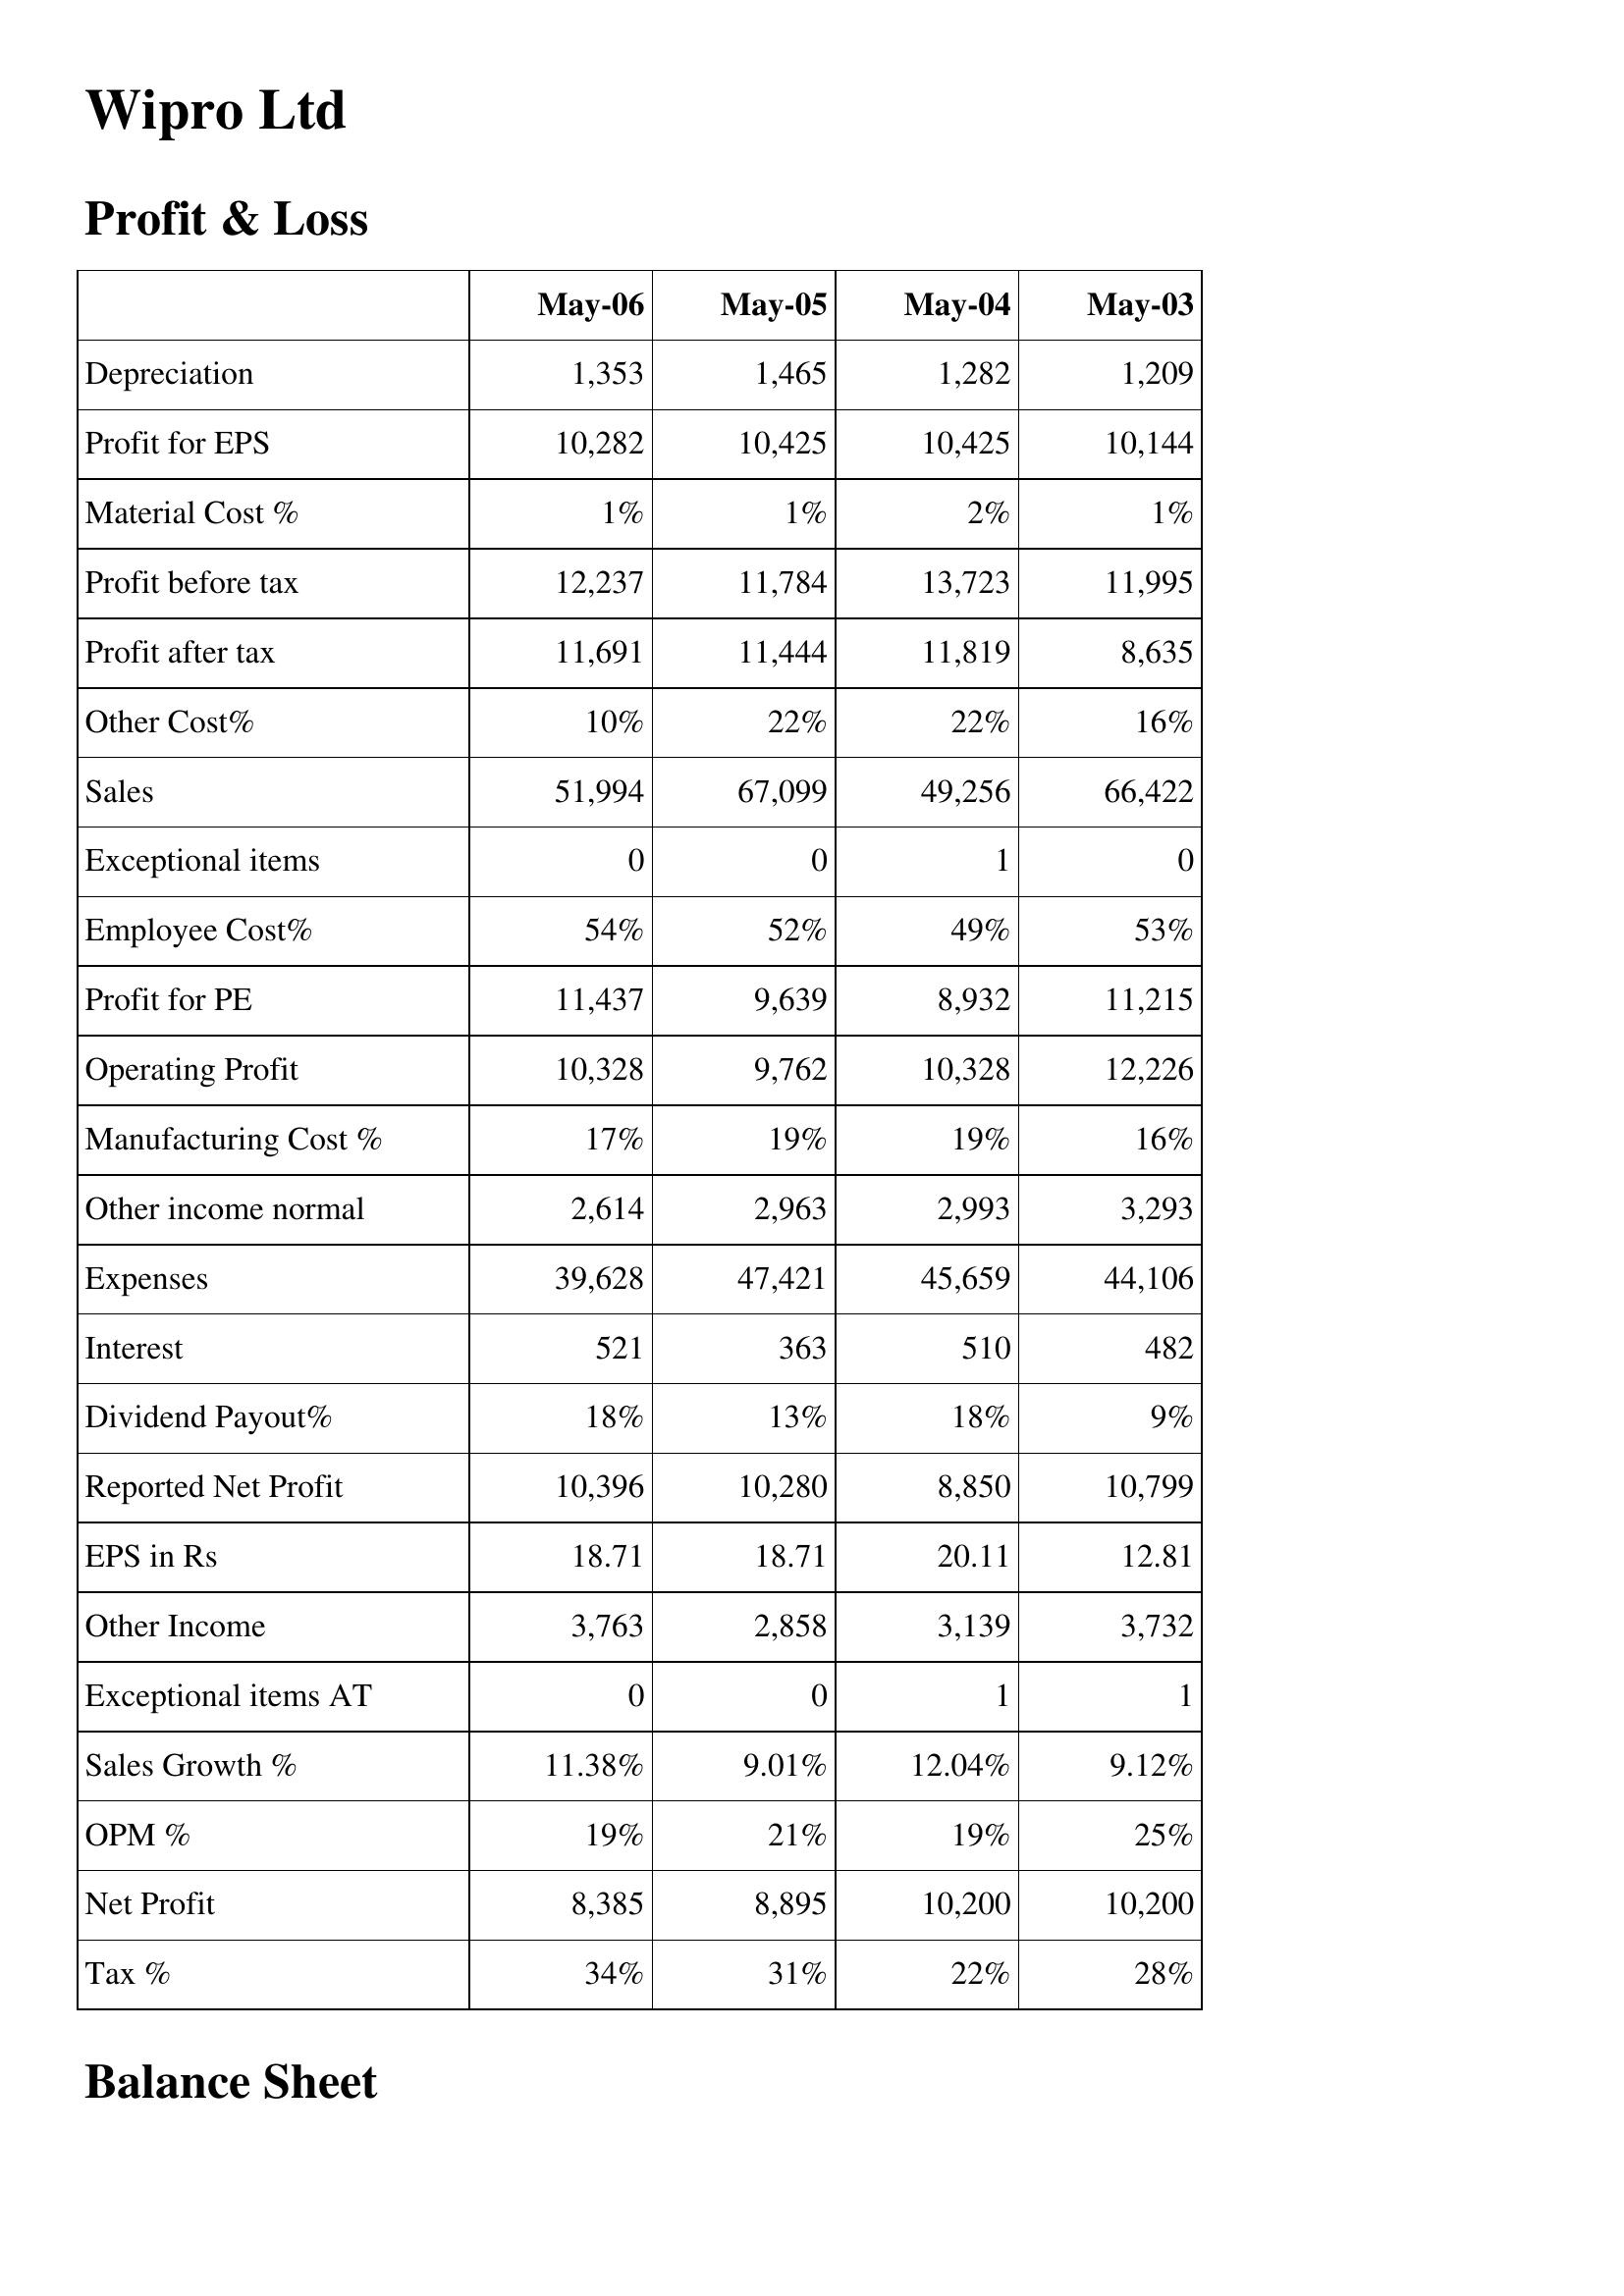
May-06: Profit & Loss: Depreciation: 1,353
Profit for EPS: 10,282
Material Cost %: 1%
Profit before tax: 12,237
Profit after tax: 11,691
Other Cost%: 10%
Sales: 51,994
Exceptional items: 0
Employee Cost%: 54%
Profit for PE: 11,437
Operating Profit: 10,328
Manufacturing Cost %: 17%
Other income normal: 2,614
Expenses: 39,628
Interest: 521
Dividend Payout%: 18%
Reported Net Profit: 10,396
EPS in Rs: 18.71
Other Income: 3,763
Exceptional items AT: 0
Sales Growth %: 11.38%
OPM %: 19%
Net Profit: 8,385
Tax %: 34%
May-05: Profit & Loss: Depreciation: 1,465
Profit for EPS: 10,425
Material Cost %: 1%
Profit before tax: 11,784
Profit after tax: 11,444
Other Cost%: 22%
Sales: 67,099
Exceptional items: 0
Employee Cost%: 52%
Profit for PE: 9,639
Operating Profit: 9,762
Manufacturing Cost %: 19%
Other income normal: 2,963
Expenses: 47,421
Interest: 363
Dividend Payout%: 13%
Reported Net Profit: 10,280
EPS in Rs: 18.71
Other Income: 2,858
Exceptional items AT: 0
Sales Growth %: 9.01%
OPM %: 21%
Net Profit: 8,895
Tax %: 31%
May-04: Profit & Loss: Depreciation: 1,282
Profit for EPS: 10,425
Material Cost %: 2%
Profit before tax: 13,723
Profit after tax: 11,819
Other Cost%: 22%
Sales: 49,256
Exceptional items: 1
Employee Cost%: 49%
Profit for PE: 8,932
Operating Profit: 10,328
Manufacturing Cost %: 19%
Other income normal: 2,993
Expenses: 45,659
Interest: 510
Dividend Payout%: 18%
Reported Net Profit: 8,850
EPS in Rs: 20.11
Other Income: 3,139
Exceptional items AT: 1
Sales Growth %: 12.04%
OPM %: 19%
Net Profit: 10,200
Tax %: 22%
May-03: Profit & Loss: Depreciation: 1,209
Profit for EPS: 10,144
Material Cost %: 1%
Profit before tax: 11,995
Profit after tax: 8,635
Other Cost%: 16%
Sales: 66,422
Exceptional items: 0
Employee Cost%: 53%
Profit for PE: 11,215
Operating Profit: 12,226
Manufacturing Cost %: 16%
Other income normal: 3,293
Expenses: 44,106
Interest: 482
Dividend Payout%: 9%
Reported Net Profit: 10,799
EPS in Rs: 12.81
Other Income: 3,732
Exceptional items AT: 1
Sales Growth %: 9.12%
OPM %: 25%
Net Profit: 10,200
Tax %: 28%